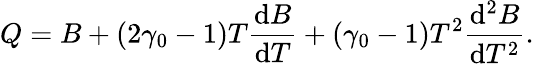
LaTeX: Q=B+(2\gamma_{0}-1)T\frac{\mathrm{d}B}{\mathrm{d}T}+(\gamma_{0}-1)T^{2}\frac{\mathrm{d}^{2}B}{\mathrm{d}T^{2}}.